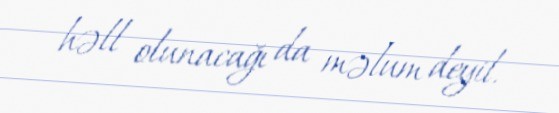
həll olunacağı da məlum deyil.